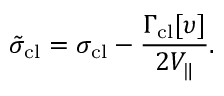
\tilde { \sigma } _ { \mathrm { c l } } = \sigma _ { \mathrm { c l } } - \frac { \Gamma _ { \mathrm { c l } } [ \upsilon ] } { 2 V _ { \| } } .